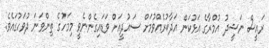
ރައީސް ނަޝީދު އުމްރާގެ އަޅުކަން އަދާކުރެއްވުމަށް ސައުދީއަށް ވަޑައިގެންނެވީ މިމަހުގެ ތިންވަނަ ދުވަހުގައެވެ.